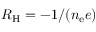
R _ { \mathrm { H } } = - 1 / ( n _ { \mathrm { e } } e )